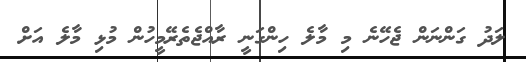
ލަދު ގަންނަން ޖެހޭނެ މި މާލެ ހިންގަނީ ރާއްޖެތެރޭމީހުން މުޅި މާލެ އަށް